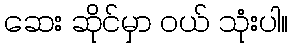
ဆေး ဆိုင်မှာ ဝယ် သုံးပါ။